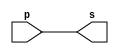
// ------------------------- 
// Exemplo0001 - buffer 
// Nome: Andr Henriques Fernandes 
// ------------------------- 
 
// ------------------------- 
// -- buffer 
// ------------------------- 
module buffer (output s, input p); 
 assign s = p; // criar vinculo permanente 
                        // (dependencia) 
endmodule // buffer 
 
// ------------------------- 
// -- test buffer 
// ------------------------- 
module testbuffer; 
// ------------------------- dados locais 
   reg   a;    // definir registrador 
                   // (variavel independente) 
   wire  s;    // definir conexao (fio) 
                   // (variavel dependente   ) 
// ------------------------- instancia 
   buffer BF1 (s, a); 
// ------------------------- preparacao 
   initial begin:start 
      a=0;     // valor inicial 
    end 
// ------------------------- parte principal 
 initial begin:main 
               // execucao unitaria 
      $display("Exemplo 0001 - Andre Henriques Fernandes - 427386"); 
      $display("Test buffer:"); 
      $display("\t      time\ta = s"); 
               // execucao permanente 
      $monitor("%d\t%b = %b", $time, a, s); 
               // apos uma unidade de tempo 
               // mudar valor do registrador para 0 
  #1  a=1; 
               // apos duas unidades de tempo 
               // mudar valor do registrador para 1 
  #2  a=0; 
 end 
 
endmodule // testbuffer